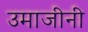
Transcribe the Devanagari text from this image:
उमाजीनी